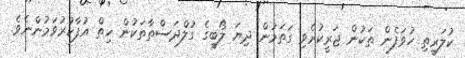
ކުލަރީތި ހުވަފެން ތަކުން ޖަރީކުރެވި ގަތަމުން ދިޔަ ލޯބީގެ ގުލްދަސްތާތަކުން ހިތް އުފާކުރުވަމުންނެވެ.